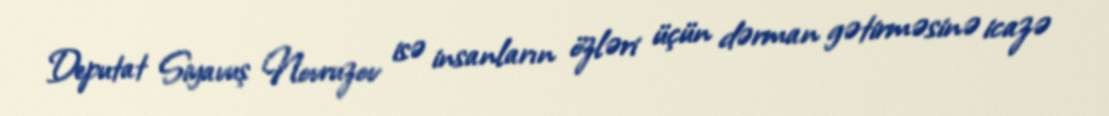
Deputat Siyavuş Novruzov isə insanların özləri üçün dərman gətirməsinə icazə